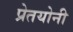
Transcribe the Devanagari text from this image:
प्रेतयोनी